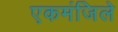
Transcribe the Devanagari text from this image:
एकमंजिले